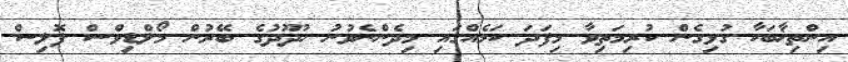
އިންތިޚާބަކާ ގުޅިގެން ކުރިމަތިވާ މިފަދަ ކަމެއްގައި މިދެންނެވުނު ހުދޫދުގެ ބޭރުން މޯލްޑިވްސް ޕޮލިސް